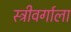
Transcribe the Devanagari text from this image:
स्त्रीवर्गाला